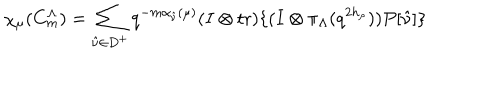
\chi _ { \mu } ( C _ { m } ^ { \Lambda } ) = \sum _ { \hat { \nu } \in D ^ { + } } q ^ { - m \alpha _ { \hat { \nu } } ( \mu ) } ( I \otimes \mathrm { t r } ) \{ ( I \otimes \pi _ { \Lambda } ( q ^ { 2 h _ { \rho } } ) ) P [ \hat { \nu } ] \}